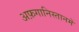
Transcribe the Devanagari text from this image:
अफ़गानिस्तानमें